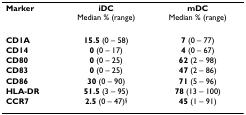
<table><thead><tr><td><b>Marker</b></td><td><b>iDCMedian % (range)</b></td><td><b>mDCMedian % (range)</b></td></tr></thead><tbody><tr><td><b>CD1A</b></td><td><b>15.5 </b>(0 – 58)</td><td><b>7 </b>(0 – 77)</td></tr><tr><td><b>CD14</b></td><td><b>0 </b>(0 – 17)</td><td><b>4 </b>(0 – 67)</td></tr><tr><td><b>CD80</b></td><td><b>0 </b>(0 – 25)</td><td><b>62 </b>(2 – 98)</td></tr><tr><td><b>CD83</b></td><td><b>0 </b>(0 – 25)</td><td><b>47 </b>(2 – 86)</td></tr><tr><td><b>CD86</b></td><td><b>30 </b>(0 – 90)</td><td><b>71 </b>(5 – 96)</td></tr><tr><td><b>HLA-DR</b></td><td><b>51.5 </b>(3 – 95)</td><td><b>78 </b>(13 – 100)</td></tr><tr><td><b>CCR7</b></td><td><b>2.5 </b>(0 – 47)<sup>§ </sup></td><td><b>45 </b>(1 – 91)</td></tr></tbody></table>